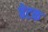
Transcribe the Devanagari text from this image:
बेटक